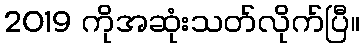
2019 ကိုအဆုံးသတ်လိုက်ပြီ။